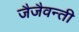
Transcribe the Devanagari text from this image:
जैजैवन्ती